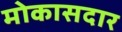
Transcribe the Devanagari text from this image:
मोकासदार